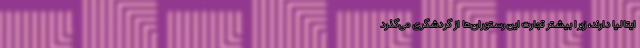
ایتالیا دارند، زیرا بیشتر تجارت این رستوران‌ها از گردشگری می‌گذرد